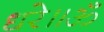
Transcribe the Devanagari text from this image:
धरे॥ॐ